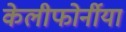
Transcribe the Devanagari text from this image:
केलीफोर्नीया